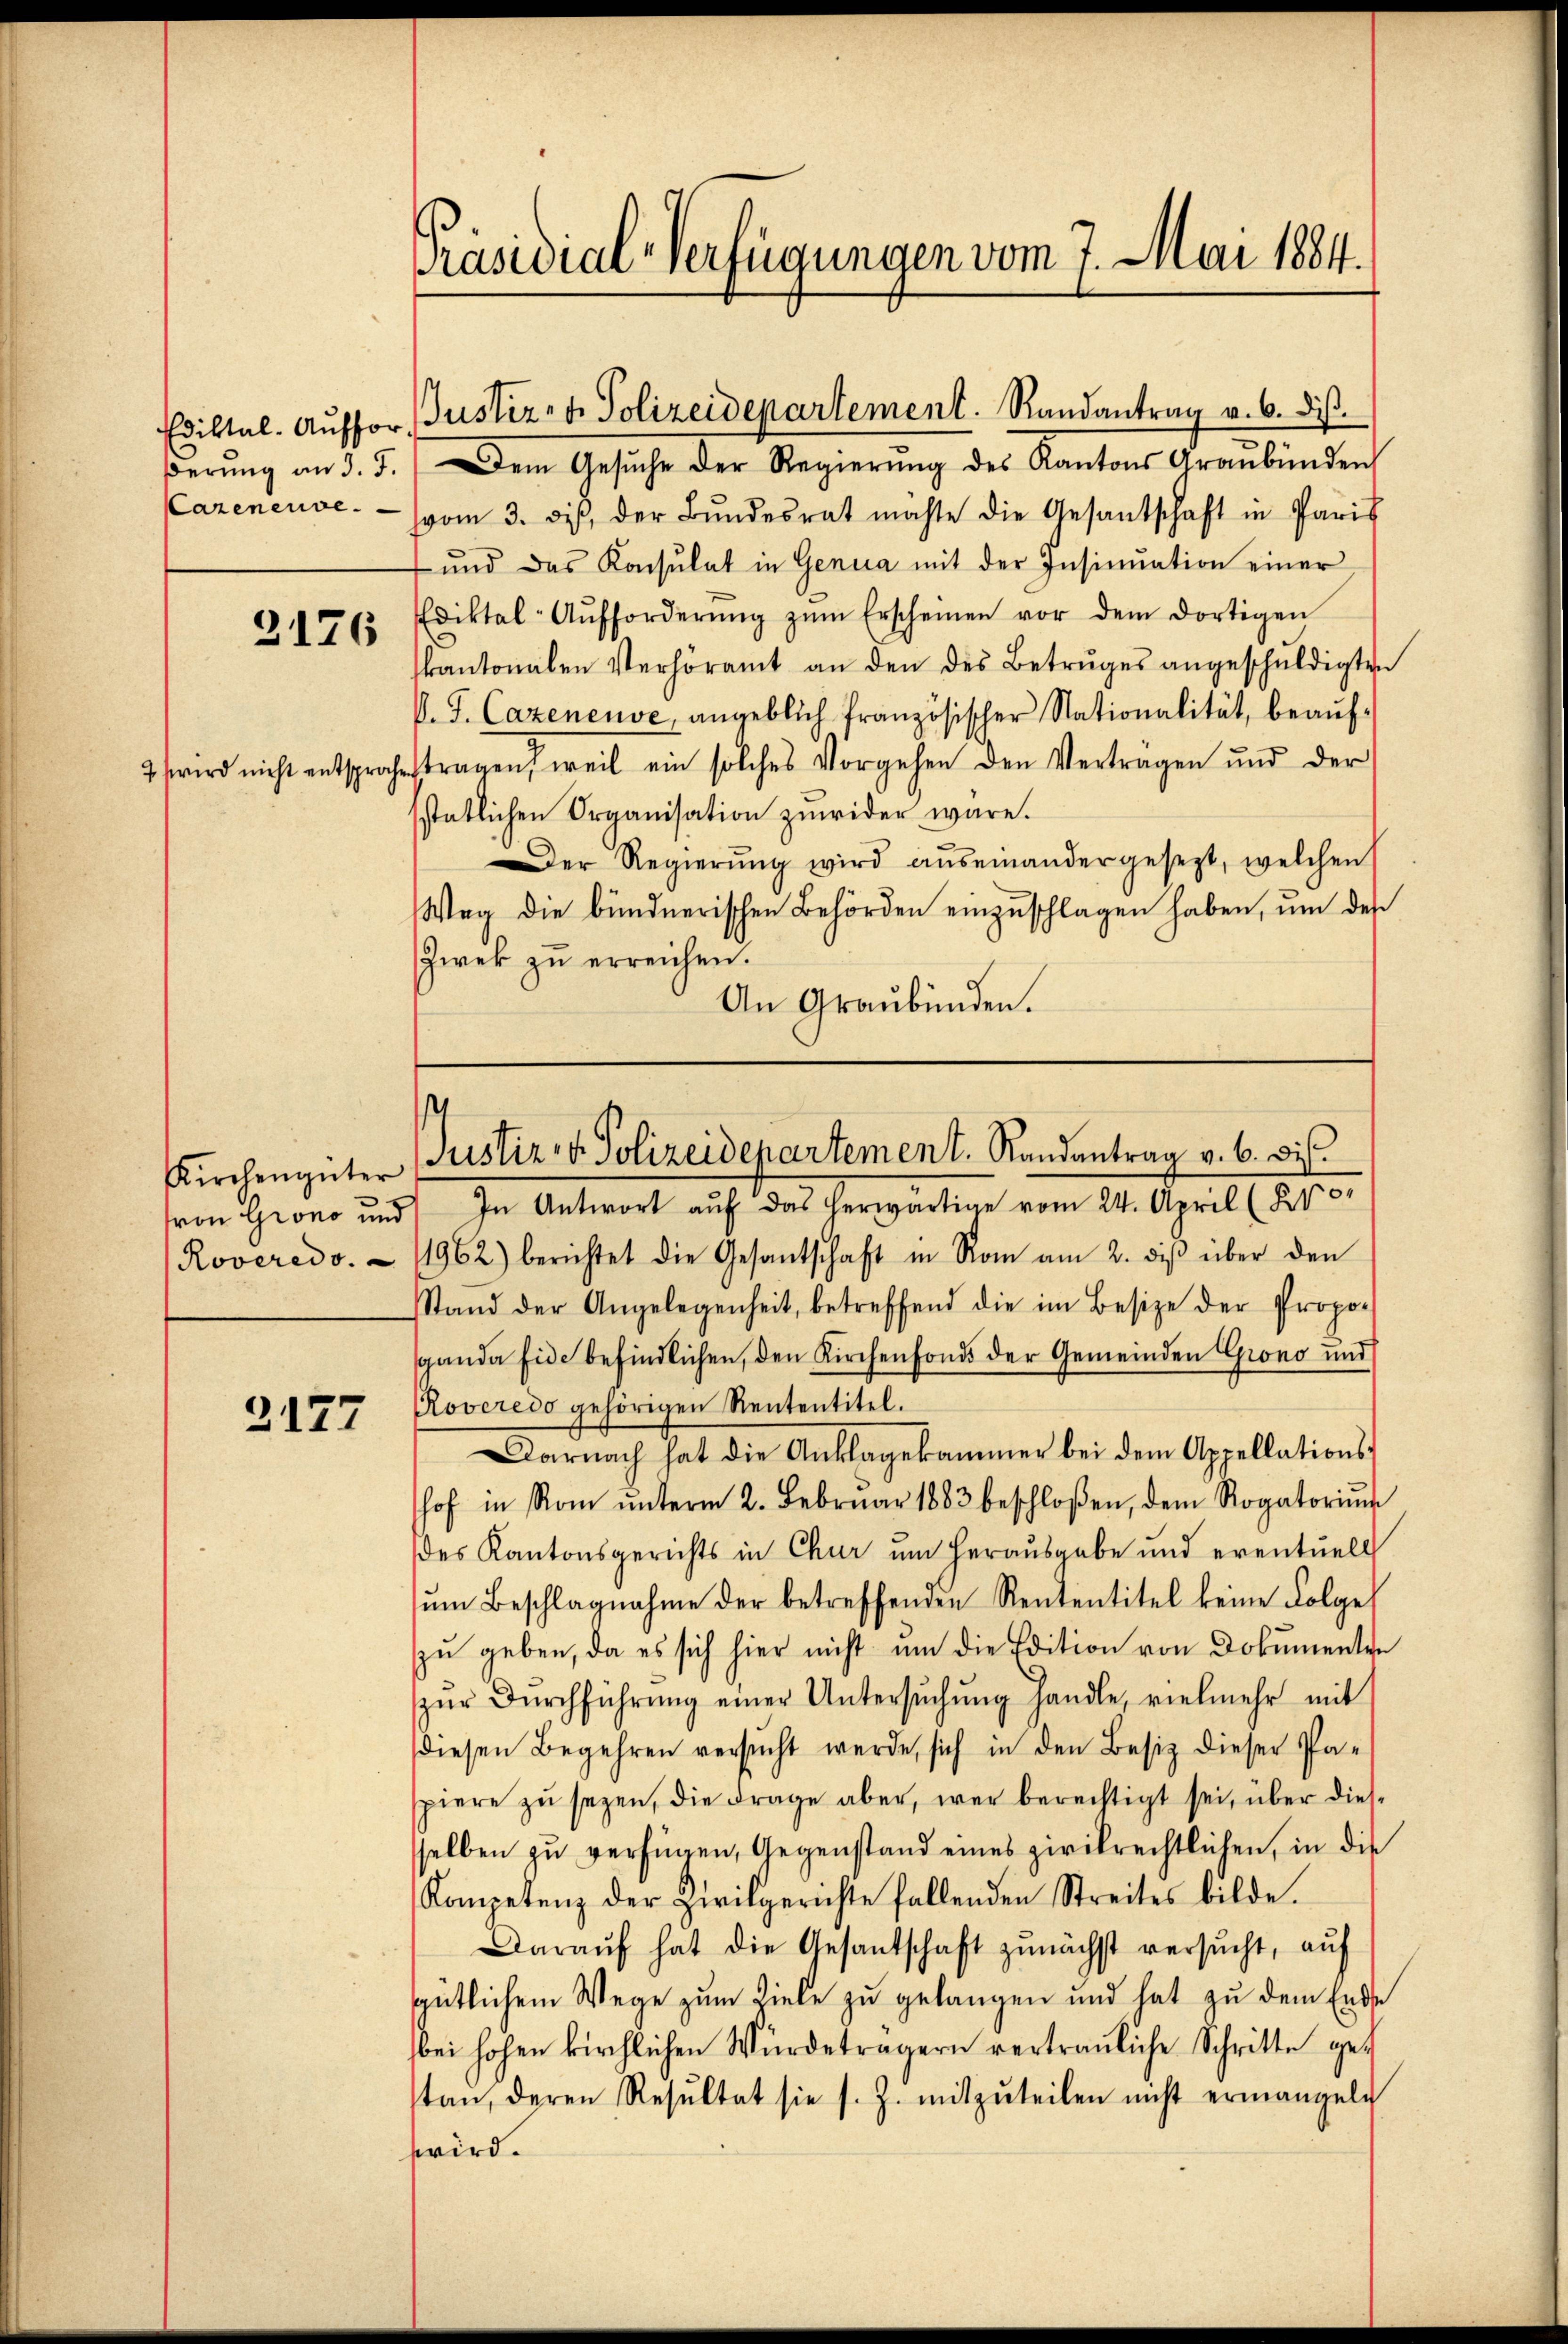
Cazenenve

2176

2177

Präsidial-Verfügungen vom 7. Mai 1884.

βerŭng an d. J. Dem Gesŭche der Regierŭng des Kantons Graubünden
vom 3. diβ, der Bŭndesrat machte die Gesantschaft in Paris
und das Konsulat in Genua mit der Insinuation einer
Ediktal-Aŭfforderŭng zŭm Erscheinen vor dem dortigen
kantonalen Verhöramt an den des Betruges angeschŭldigten
V. J. Cazeneuve, angeblich französischer Nationalität, beaŭf-
2 wird nicht entsproche tragen, weil ein solches Vorgehen den Vertragen ŭnd der
sstatlichen Organisation zuwider wäre.
Der Regierŭng wird auseinandergesezt, welchen
Weg die bündnerischen Behörden einzŭschlagen haben, um des
Zwek zu erreichen.
An Graubünden.

Ediktal. Auffor Justiz- & Polizeidepartement. Randantrag v. 6. diβ.

Kirchengüter Justiz v. Polizeidepartement. Randantrag v. 6. wis

5
von Grono und In Antwort aŭf das herwärtige vom 24. April (25.
Roveredo. 1962) berichtet die Gesantschaft in Rom am 2. dβ über den
Stand der Angelegenheit, betreffend die im Besize der Propo-
sganda fide befindlichen, den Kirchenfonds der Gemeinden Grono und
Roveredo gehörigen Rententitel.
Darnach hat die Anklagekammer bei dem Appellations-
hof in Rom ŭnterm 2. Februar 1883 beschloßen, dem Rogatoriŭm
des Kantonsgerichts in Chur um herausgabe und eventuell
ŭm Beschlagnahme der betreffenden Rententitel keine Folge
zu geben, da es sich hier nicht um die Edition von Dokumenten
zŭr Dŭrchführŭng einer Untersŭchŭng handle, vielmehr mit
diesen Begehren versucht werde, sich in den Besiz dieser Pa-
piere zu seyen, die Frage aber, wer berechtigt sei, über diesselben zŭ verfügen, Gegenstand eines zivilrechtlichen, in die
Kompetenz der Zivilgerichte fallenden Streites bilde.
Darauf hat die Gesantschaft zunächst versŭcht, aŭf
gütlichem Wege zum Ziele zu gelangen und hat zu dem Endse
bei hohen kirchlichen Würdeträgern vertrauliche Schritte ge-
tan, deren Resŭltat sie s. Z. mitzŭteilen nicht ermangeln
wird.